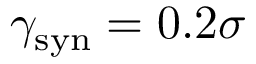
\gamma _ { \mathrm { s y n } } = 0 . 2 \sigma